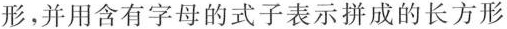
形，并用含有字母的式子表示拼成的长方形